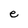
Character: e